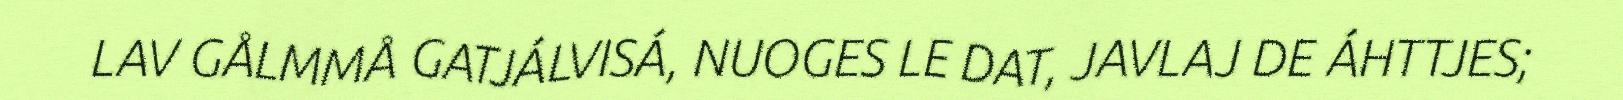
LAV GÅLMMÅ GATJÁLVISÁ, NUOGES LE DAT, JAVLAJ DE ÁHTTJES;